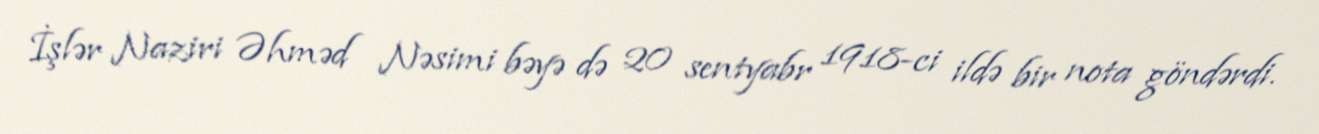
İşlər Naziri Əhməd Nəsimi bəyə də 20 sentyabr 1918-ci ildə bir nota göndərdi.